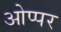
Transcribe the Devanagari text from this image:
ओप्पर